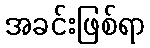
အခင်းဖြစ်ရာ